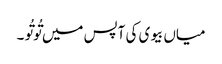
میاں بیوی کی آپس میں تُوتُو ۔